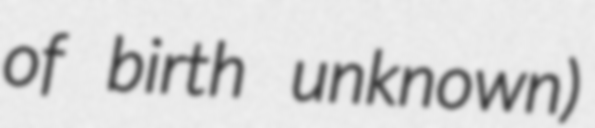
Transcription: of birth unknown)